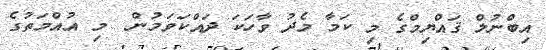
އިބްނުލް ޤައްޔިމްގެ މި ކަމާ މެދު ވާހަކަ ދައްކަވަމުން  މި އުއްމަތުގެ